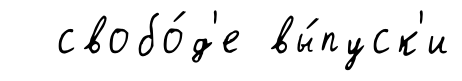
свобо́д'е вы́пуск'и